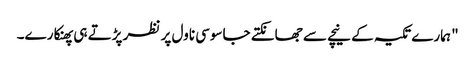
" ہمارے تکیہ کے نیچے سے جھانکتے جاسوسی ناول پر نظر پڑتے ہی پھنکارے۔